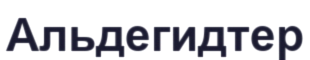
Альдегидтер